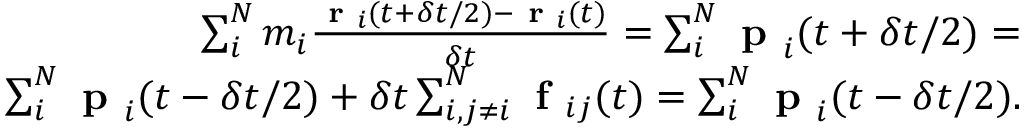
\begin{array} { r } { \sum _ { i } ^ { N } m _ { i } \frac { \textbf { r } _ { i } ( t + \delta t / 2 ) - \textbf { r } _ { i } ( t ) } { \delta t } = \sum _ { i } ^ { N } \textbf { p } _ { i } ( t + \delta t / 2 ) = } \\ { \sum _ { i } ^ { N } \textbf { p } _ { i } ( t - \delta t / 2 ) + \delta t \sum _ { i , j \neq i } ^ { N } \textbf { f } _ { i j } ( t ) = \sum _ { i } ^ { N } \textbf { p } _ { i } ( t - \delta t / 2 ) . } \end{array}